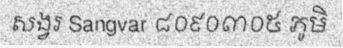
សង្វរ Sangvar ៨០៩០៣០៥ ភូមិ